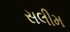
સલીમ